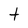
Character: t